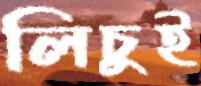
লিচুই